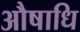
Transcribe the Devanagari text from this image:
औषाधि